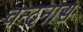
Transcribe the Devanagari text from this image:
चन्दनास